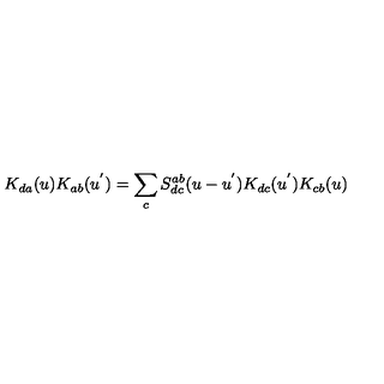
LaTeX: K _ { d a } ( u ) K _ { a b } ( u ^ { ' } ) = \sum _ { c } S _ { d c } ^ { a b } ( u - u ^ { ' } ) K _ { d c } ( u ^ { ' } ) K _ { c b } ( u )